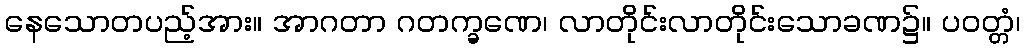
နေသောတပည့်အား။ အာဂတာ ဂတက္ခဏေ၊ လာတိုင်းလာတိုင်းသောခဏ၌။ ပဝတ္တံ၊